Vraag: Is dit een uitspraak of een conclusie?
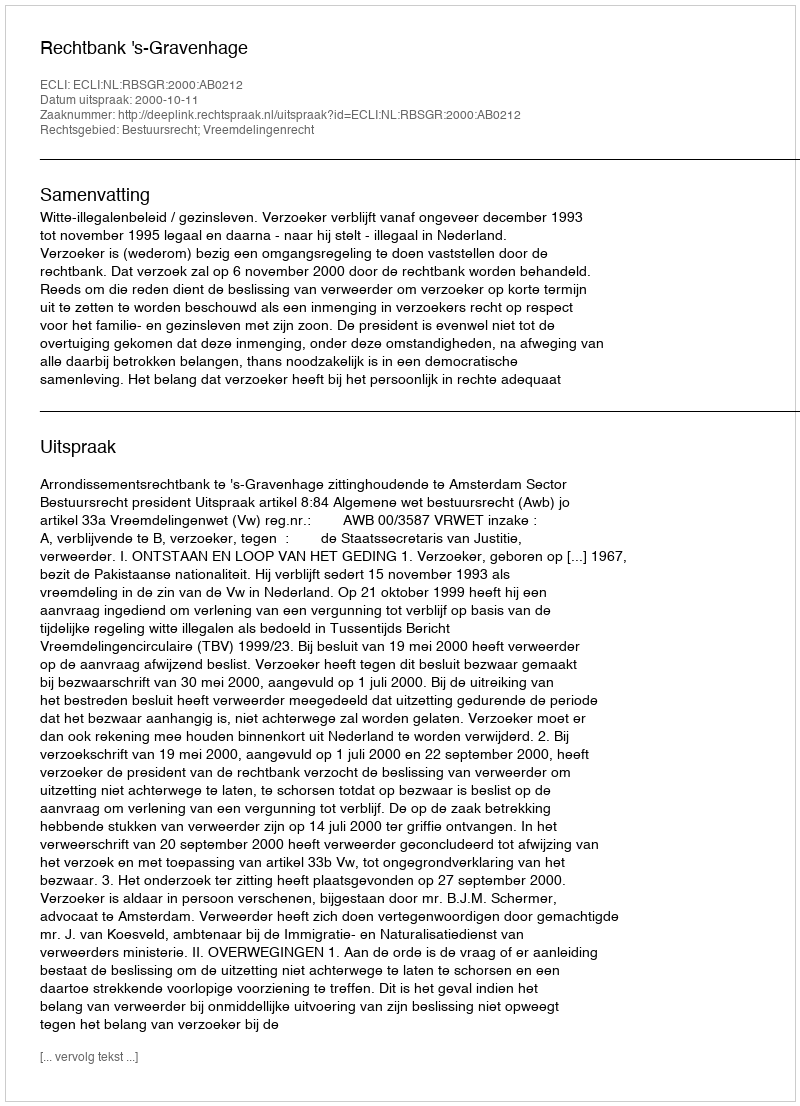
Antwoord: Uitspraak